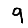
Digit: 9